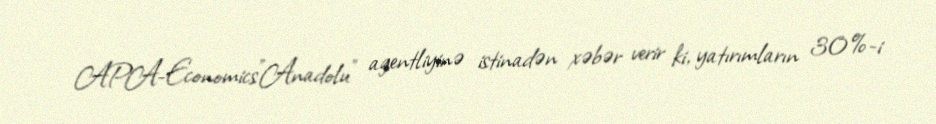
APA-Economics"Anadolu" agentliyinə istinadən xəbər verir ki, yatırımların 30%-i